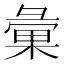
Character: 彙